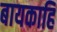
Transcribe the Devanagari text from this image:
बायकाहि